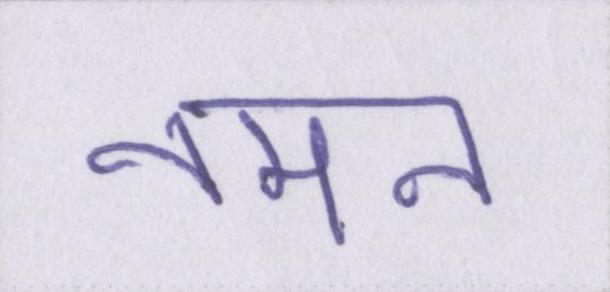
नमन